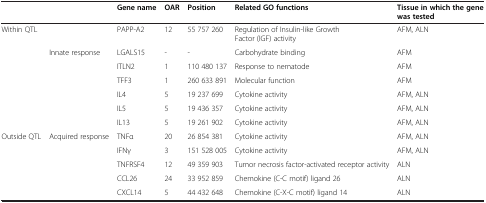
<table><thead><tr><td><b> </b></td><td><b> </b></td><td><b>Gene name</b></td><td><b>OAR</b></td><td><b>Position</b></td><td><b>Related GO functions</b></td><td><b>Tissue in which the gene was tested</b></td></tr></thead><tbody><tr><td>Within QTL</td><td> </td><td>PAPP-A2</td><td>12</td><td>55 757 260</td><td>Regulation of Insulin-like Growth Factor (IGF) activity</td><td>AFM, ALN</td></tr><tr><td> </td><td>Innate response</td><td>LGALS15</td><td>-</td><td>-</td><td>Carbohydrate binding</td><td>AFM</td></tr><tr><td> </td><td> </td><td>ITLN2</td><td>1</td><td>110 480 137</td><td>Response to nematode</td><td>AFM</td></tr><tr><td> </td><td> </td><td>TFF3</td><td>1</td><td>260 633 891</td><td>Molecular function</td><td>AFM</td></tr><tr><td> </td><td> </td><td>IL4</td><td>5</td><td>19 237 699</td><td>Cytokine activity</td><td>AFM, ALN</td></tr><tr><td> </td><td> </td><td>IL5</td><td>5</td><td>19 436 357</td><td>Cytokine activity</td><td>AFM, ALN</td></tr><tr><td> </td><td> </td><td>IL13</td><td>5</td><td>19 261 902</td><td>Cytokine activity</td><td>AFM, ALN</td></tr><tr><td>Outside QTL</td><td>Acquired response</td><td>TNFα</td><td>20</td><td>26 854 381</td><td>Cytokine activity</td><td>AFM, ALN</td></tr><tr><td> </td><td> </td><td>IFNγ</td><td>3</td><td>151 528 005</td><td>Cytokine activity</td><td>AFM, ALN</td></tr><tr><td> </td><td> </td><td>TNFRSF4</td><td>12</td><td>49 359 903</td><td>Tumor necrosis factor-activated receptor activity</td><td>ALN</td></tr><tr><td> </td><td> </td><td>CCL26</td><td>24</td><td>33 952 859</td><td>Chemokine (C-C motif) ligand 26</td><td>ALN</td></tr><tr><td> </td><td> </td><td>CXCL14</td><td>5</td><td>44 432 648</td><td>Chemokine (C-X-C motif) ligand 14</td><td>ALN</td></tr></tbody></table>